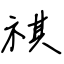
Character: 祺